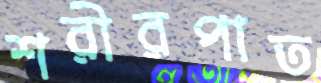
শরীরপাত